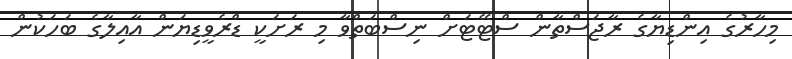
މިހާރުގެ އިންޑިޔާގެ ރާޖަސްތާން ސްޓޭޓަށް ނިސްބަތްވާ މި ރަށަކީ ޑްރެވީޑިޔަން އާއިލާގެ ބަހަކުން